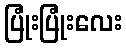
ပြုံးပြုံးလေး